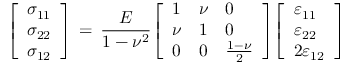
{ \left[ \begin{array} { l } { \sigma _ { 1 1 } } \\ { \sigma _ { 2 2 } } \\ { \sigma _ { 1 2 } } \end{array} \right] } \, = \, { \frac { E } { 1 - \nu ^ { 2 } } } { \left[ \begin{array} { l l l } { 1 } & { \nu } & { 0 } \\ { \nu } & { 1 } & { 0 } \\ { 0 } & { 0 } & { { \frac { 1 - \nu } { 2 } } } \end{array} \right] } { \left[ \begin{array} { l } { \varepsilon _ { 1 1 } } \\ { \varepsilon _ { 2 2 } } \\ { 2 \varepsilon _ { 1 2 } } \end{array} \right] }